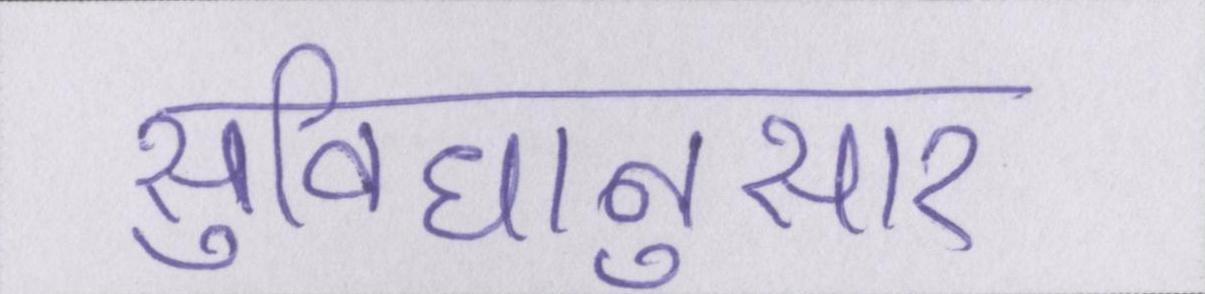
सुविधानुसार